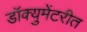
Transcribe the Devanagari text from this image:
डॉक्युमेंटरीत